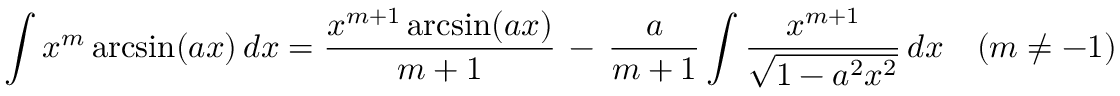
\int x ^ { m } \arcsin ( a x ) \, d x = { \frac { x ^ { m + 1 } \arcsin ( a x ) } { m + 1 } } \, - \, { \frac { a } { m + 1 } } \int { \frac { x ^ { m + 1 } } { \sqrt { 1 - a ^ { 2 } x ^ { 2 } } } } \, d x \quad ( m \neq - 1 )